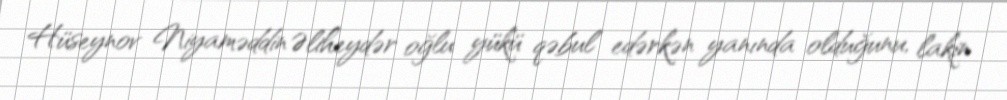
Hüseynov Niyaməddin Əliheydər oğlu yükü qəbul edərkən yanında olduğunu, lakin